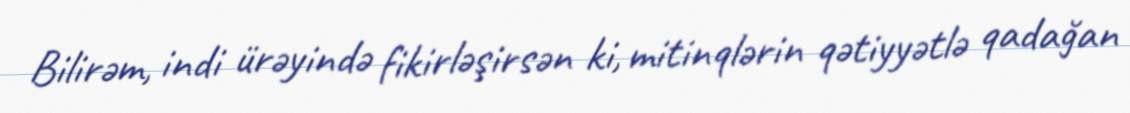
Bilirəm, indi ürəyində fikirləşirsən ki, mitinqlərin qətiyyətlə qadağan